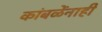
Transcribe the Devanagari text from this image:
कांबळेंनाही